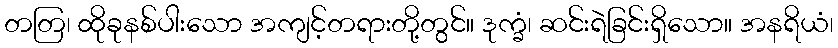
တတြ၊ ထိုခုနစ်ပါးသော အကျင့်တရားတို့တွင်။ ဒုက္ခံ၊ ဆင်းရဲခြင်းရှိသော။ အနရိယံ၊